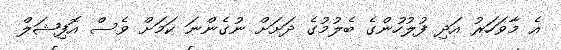
އެ މާވަހަރު އަދި ފުލުހުންގެ ބެލުމުގެ ދަށަށް ނުގެންނަ ކަމަށް ވެސް އޮފިޝަލް